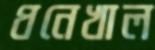
ধনেখাল